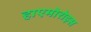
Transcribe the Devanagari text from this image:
हाएमोरोइस